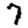
Digit: 7